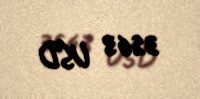
3563 USD